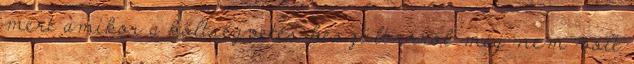
mert amikor a költségvetés készült erről még nem volt